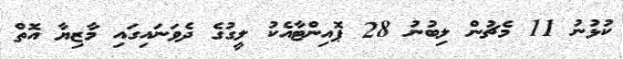
ކުޅުނު 11 މެޗުން ލިބުނު 28 ޕޮއިންޓާއެކު ލީގުގެ ދެވަނައިގައި މާޒިޔާ އޮތް